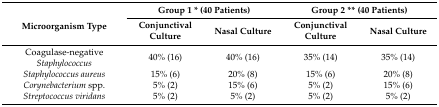
<table><thead><tr><td rowspan="2"><b>Microorganism Type</b></td><td colspan="2"><b>Group 1 * (40 Patients)</b></td><td colspan="2"><b>Group 2 ** (40 Patients)</b></td></tr><tr><td><b>Conjunctival Culture</b></td><td><b>Nasal Culture</b></td><td><b>Conjunctival Culture</b></td><td><b>Nasal Culture</b></td></tr></thead><tbody><tr><td>Coagulase-negative <i>Staphylococcus</i></td><td>40% (16)</td><td>40% (16)</td><td>35% (14)</td><td>35% (14)</td></tr><tr><td><i>Staphylococcus aureus</i></td><td>15% (6)</td><td>20% (8)</td><td>15% (6)</td><td>20% (8)</td></tr><tr><td><i>Corynebacterium</i> spp.</td><td>5% (2)</td><td>15% (6)</td><td>5% (2)</td><td>15% (6)</td></tr><tr><td><i>Streptococcus viridans</i></td><td>5% (2)</td><td>5% (2)</td><td>5% (2)</td><td>5% (2)</td></tr></tbody></table>